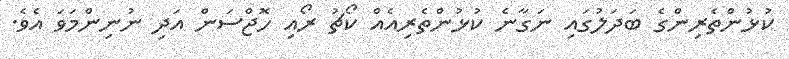
ކުޅުންތެރިންގެ ބަދަލުގައި ނަގާނެ ކުޅުންތެރިއެއް ކޯޗު ރޯއި ހޮޖްސަން އަދި ނުނިންމަވަ އެވެ.